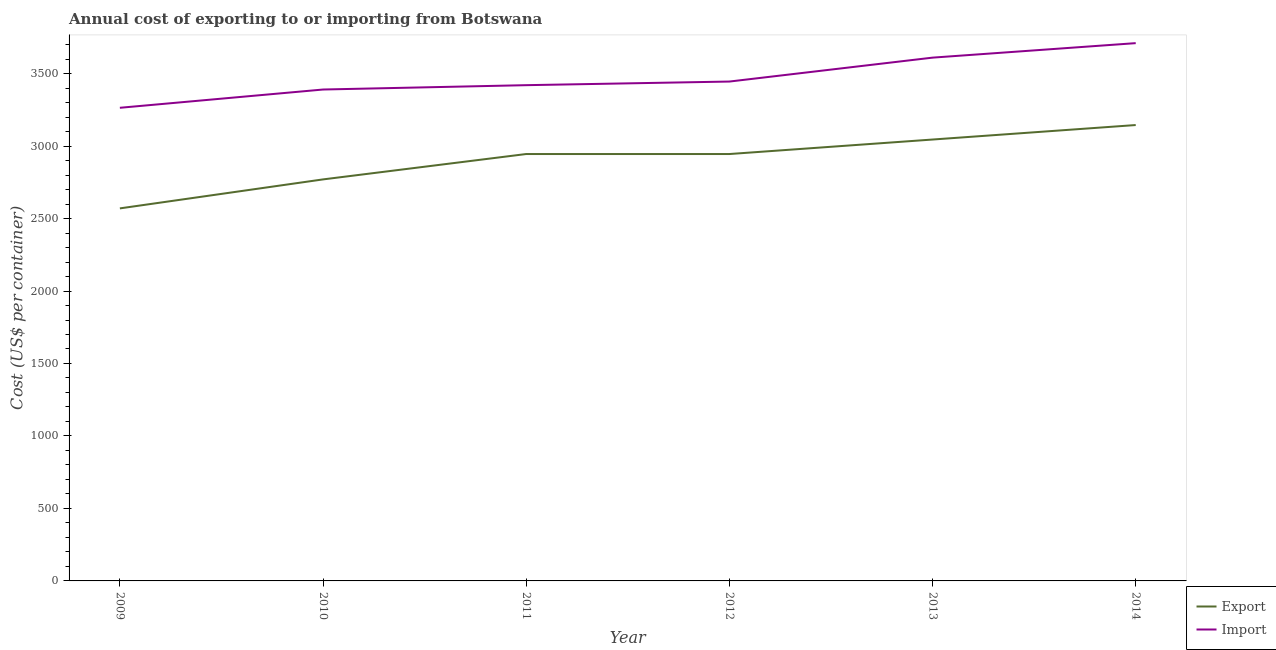
| Year | Export | Import |
 | --- | --- | --- |
 | 2009 | 2.57e+03 | 3.26e+03 |
 | 2010 | 2.77e+03 | 3.39e+03 |
 | 2011 | 2.94e+03 | 3.42e+03 |
 | 2012 | 2.94e+03 | 3.44e+03 |
 | 2013 | 3.04e+03 | 3.61e+03 |
 | 2014 | 3.14e+03 | 3.71e+03 |